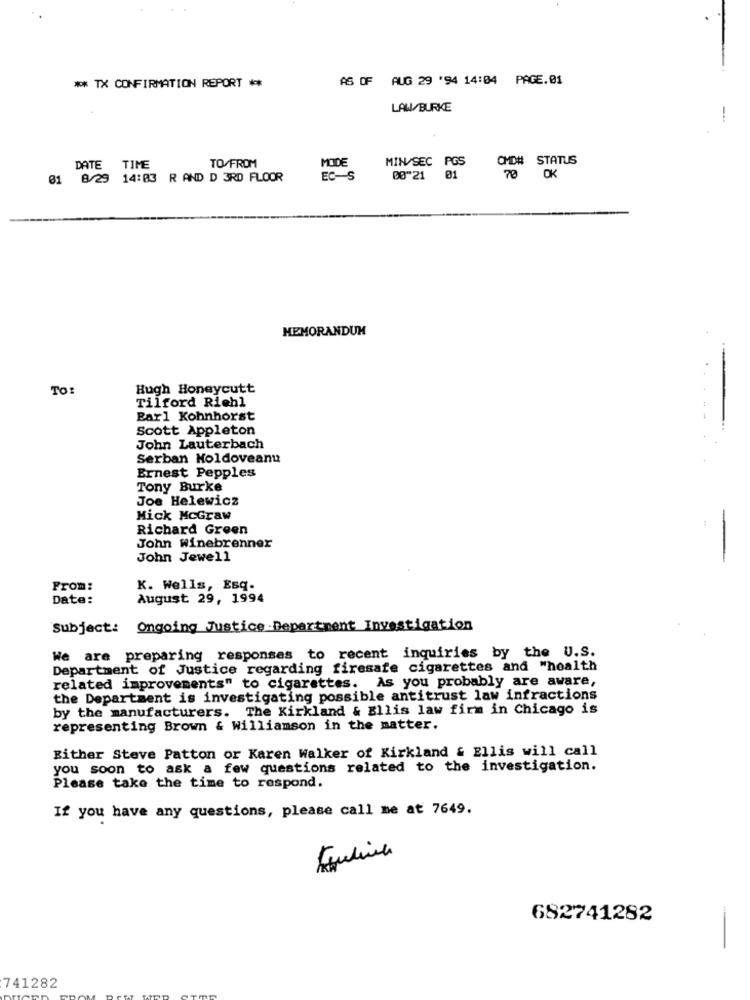
** TX CONFIRMATION REPORT **
AS OF AUG 29 '94 14:04 PAGE.01
LAW/BURKE
-..
TO/FROM
MODE
MIN/SEC PGS
OMD# STATUS
DATE
TIME
01 8/29 14:03 R AND D 3RD FLOOR
EC-S
08"21 01
70 OK
MEMORANDUM
TO:
Hugh Honeycutt
Tilford Riehl
Earl Kohnhorst
Scott Appleton
John Lauterbach
Serban Holdoveanu
Ernest Pepples
Tony Burke
Joe Helewicz
Mick McGraw
Richard Green
John Winebrenner
John Jewell
From:
K. Wells, Esq.
Date:
August 29, 1994
Subject: Ongoing JusticeDepartment Investigation
We are preparing responses to recent inquiries by the U.S.
Department of Justice regarding firesafe cigarettes and "hoalth
related improvements" to cigarettes. As you probably are aware,
the Department is investigating possible antitrust law infractions
by the manufacturers. The Kirkland & Bllis law firm in Chicago is
representing Brown & Williamson in the matter.
Either Steve Patton or Karen Walker of Kirkland & Ellis will call
you soon to ask a few questions related to the investigation.
Please take the time to respond.
If you have any questions, please call me at 7649.
682741282
741282